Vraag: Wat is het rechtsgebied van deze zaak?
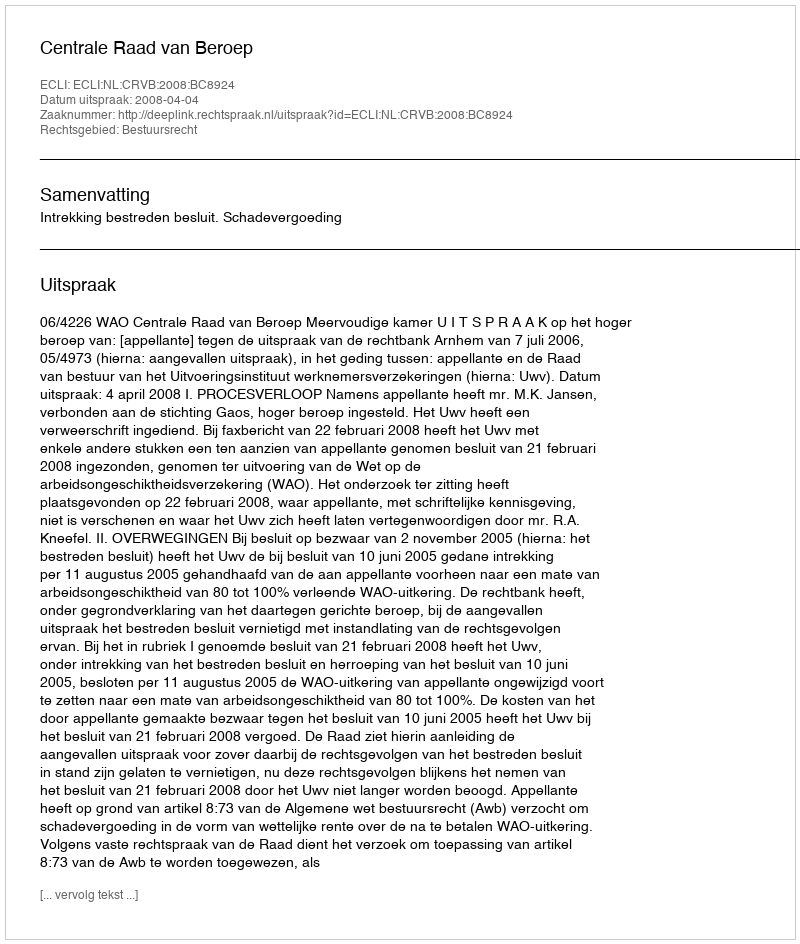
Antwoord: Bestuursrecht